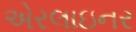
એરલાઇનર